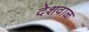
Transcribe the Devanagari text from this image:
देशवाळ